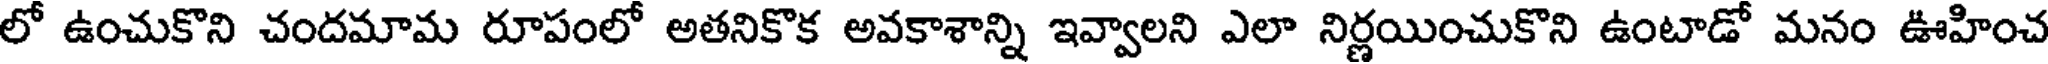
లో ఉంచుకొని చందమామ రూపంలో అతనికొక అవకాశాన్ని ఇవ్వాలని ఎలా నిర్ణయించుకొని ఉంటాడో మనం ఊహించ